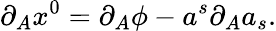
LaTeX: \partial_{A}x^{0}=\partial_{A}\phi-a^{s}\partial_{A}a_{s}.